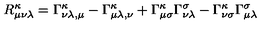
R _ { \mu \nu \lambda } ^ { \kappa } = \Gamma _ { { \nu \lambda } , \mu } ^ { \kappa } - \Gamma _ { { \mu \lambda } , \nu } ^ { \kappa } + \Gamma _ { \mu \sigma } ^ { \kappa } \Gamma _ { \nu \lambda } ^ { \sigma } - \Gamma _ { \nu \sigma } ^ { \kappa } \Gamma _ { \mu \lambda } ^ { \sigma }